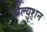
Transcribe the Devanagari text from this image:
पौल्युशन